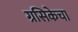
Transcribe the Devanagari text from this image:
ग्रसिकेचा